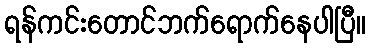
ရန်ကင်းတောင်ဘက်ရောက်နေပါပြီ။